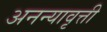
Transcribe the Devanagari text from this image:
अनन्यावृत्ती